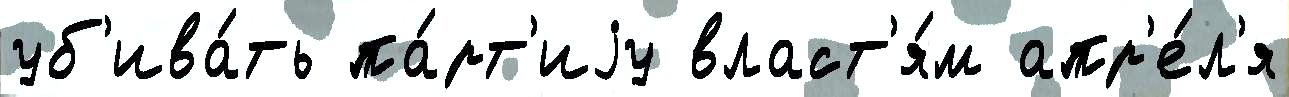
уб'ива́ть па́рт'иjу власт'я́м апр'е́л'я